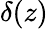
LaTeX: \delta(z)